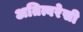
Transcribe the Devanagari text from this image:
अतित्वरेसी